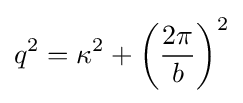
q^{2}=\kappa ^{2}+\left({\frac {2\pi }{b}}\right)^{2}